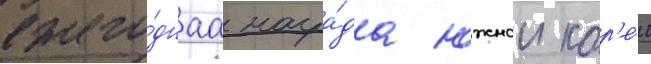
ежего́днаа награ́да южнои кор'е́и